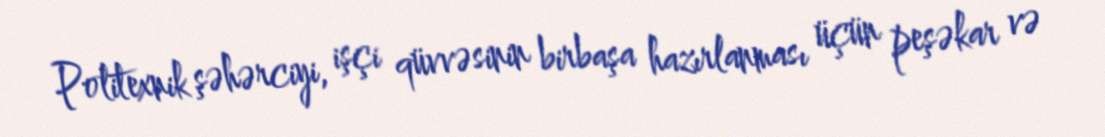
Politexnik şəhərciyi, işçi qüvvəsinin birbaşa hazırlanması üçün peşəkar və